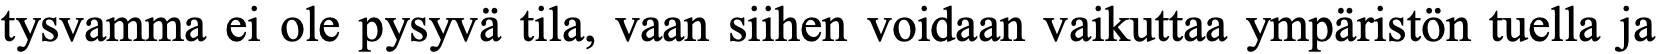
tysvamma ei ole pysyvä tila, vaan siihen voidaan vaikuttaa ympäristön tuella ja